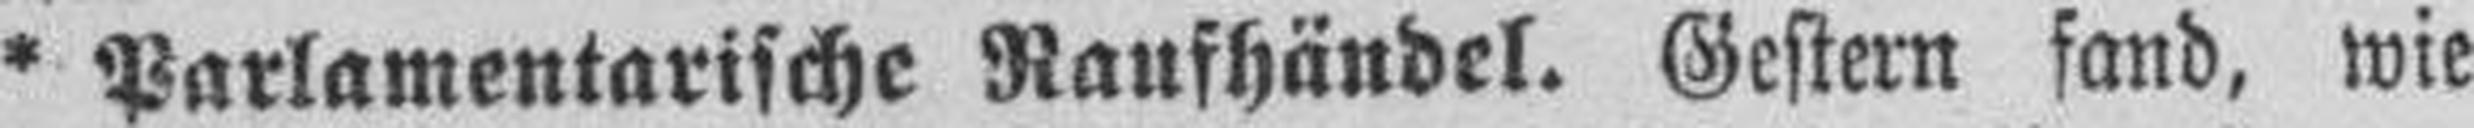
* Parlamentarische Raufhändel. Gestern fand, wie